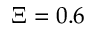
\Xi = 0 . 6